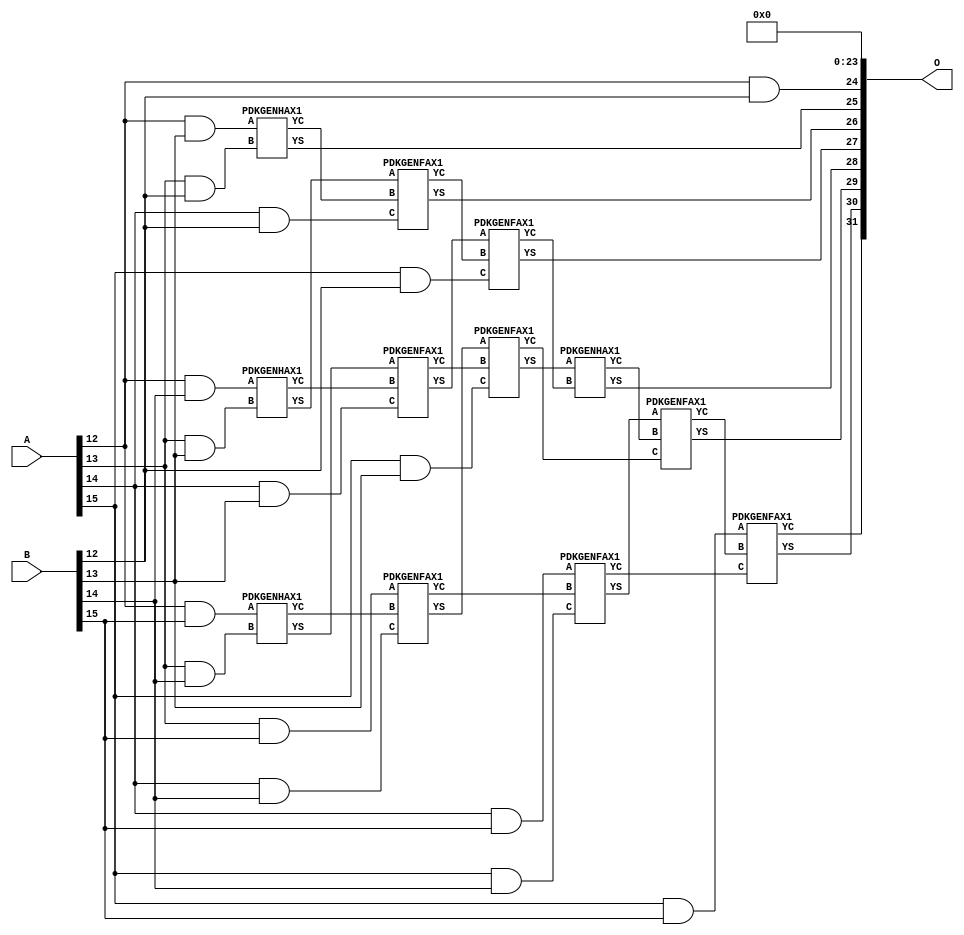
/***
* This code is a part of EvoApproxLib library (ehw.fit.vutbr.cz/approxlib) distributed under The MIT License.
* When used, please cite the following article(s): PRABAKARAN B. S., MRAZEK V., VASICEK Z., SEKANINA L., SHAFIQUE M. ApproxFPGAs: Embracing ASIC-based Approximate Arithmetic Components for FPGA-Based Systems. DAC 2020. 
***/
// MAE% = 3.03 %
// MAE = 129990656 
// WCE% = 12.11 %
// WCE = 519962625 
// WCRE% = 100.00 %
// EP% = 100.00 %
// MRE% = 26.79 %
// MSE = 23887.935e12 
// FPGA_POWER = 0.36
// FPGA_DELAY = 8.0
// FPGA_LUT = 15


module mul16u_HEN ( A, B, O );
  input [15:0] A;
  input [15:0] B;
  output [31:0] O;

  wire C_13_12,C_13_13,C_13_14,C_14_12,C_14_13,C_14_14,C_15_12,C_15_13,C_15_14,C_16_12,C_16_13,C_16_14,S_12_12,S_12_13,S_12_14,S_12_15,S_13_11,S_13_12,S_13_13,S_13_14,S_13_15,S_14_10,S_14_11,S_14_12,S_14_13,S_14_14,S_14_15,S_15_10,S_15_11,S_15_12,S_15_13,S_15_14,S_15_15,S_15_9,S_16_10,S_16_11,S_16_12,S_16_13,S_16_14,S_16_15,S_16_8,S_16_9;

  assign S_12_12 = (A[12] & B[12]);
  assign S_12_13 = (A[12] & B[13]);
  assign S_12_14 = (A[12] & B[14]);
  assign S_12_15 = (A[12] & B[15]);
  assign S_13_11 = S_12_12;
  PDKGENHAX1 U11645 (.A(S_12_13), .B((A[13] & B[12])), .YS(S_13_12), .YC(C_13_12));
  PDKGENHAX1 U11646 (.A(S_12_14), .B((A[13] & B[13])), .YS(S_13_13), .YC(C_13_13));
  PDKGENHAX1 U11647 (.A(S_12_15), .B((A[13] & B[14])), .YS(S_13_14), .YC(C_13_14));
  assign S_13_15 = (A[13] & B[15]);
  assign S_14_10 = S_13_11;
  assign S_14_11 = S_13_12;
  PDKGENFAX1 U11661 (.A(S_13_13), .B(C_13_12), .C((A[14] & B[12])), .YS(S_14_12), .YC(C_14_12));
  PDKGENFAX1 U11662 (.A(S_13_14), .B(C_13_13), .C((A[14] & B[13])), .YS(S_14_13), .YC(C_14_13));
  PDKGENFAX1 U11663 (.A(S_13_15), .B(C_13_14), .C((A[14] & B[14])), .YS(S_14_14), .YC(C_14_14));
  assign S_14_15 = (A[14] & B[15]);
  assign S_15_9 = S_14_10;
  assign S_15_10 = S_14_11;
  assign S_15_11 = S_14_12;
  PDKGENFAX1 U11677 (.A(S_14_13), .B(C_14_12), .C((A[15] & B[12])), .YS(S_15_12), .YC(C_15_12));
  PDKGENFAX1 U11678 (.A(S_14_14), .B(C_14_13), .C((A[15] & B[13])), .YS(S_15_13), .YC(C_15_13));
  PDKGENFAX1 U11679 (.A(S_14_15), .B(C_14_14), .C((A[15] & B[14])), .YS(S_15_14), .YC(C_15_14));
  assign S_15_15 = (A[15] & B[15]);
  assign S_16_8 = S_15_9;
  assign S_16_9 = S_15_10;
  assign S_16_10 = S_15_11;
  assign S_16_11 = S_15_12;
  PDKGENHAX1 U11693 (.A(S_15_13), .B(C_15_12), .YS(S_16_12), .YC(C_16_12));
  PDKGENFAX1 U11694 (.A(S_15_14), .B(C_16_12), .C(C_15_13), .YS(S_16_13), .YC(C_16_13));
  PDKGENFAX1 U11695 (.A(S_15_15), .B(C_16_13), .C(C_15_14), .YS(S_16_14), .YC(C_16_14));
  assign S_16_15 = C_16_14;
  assign O = {S_16_15,S_16_14,S_16_13,S_16_12,S_16_11,S_16_10,S_16_9,S_16_8,1'b0,1'b0,1'b0,1'b0,1'b0,1'b0,1'b0,1'b0,1'b0,1'b0,1'b0,1'b0,1'b0,1'b0,1'b0,1'b0,1'b0,1'b0,1'b0,1'b0,1'b0,1'b0,1'b0,1'b0};

endmodule

/* mod */
module PDKGENFAX1( input A, input B, input C, output YS, output YC );
    assign YS = (A ^ B) ^ C;
    assign YC = (A & B) | (B & C) | (A & C);
endmodule
/* mod */
module PDKGENHAX1( input A, input B, output YS, output YC );
    assign YS = A ^ B;
    assign YC = A & B;
endmodule